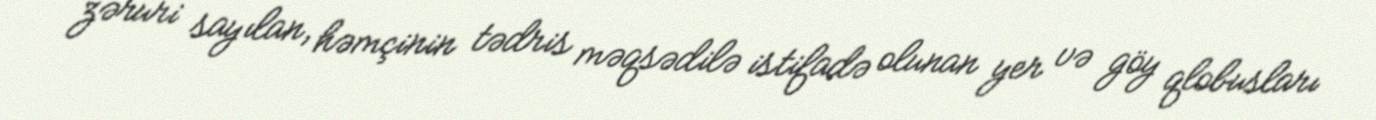
zəruri sayılan, həmçinin tədris məqsədilə istifadə olunan yer və göy qlobusları